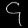
Digit: ၄